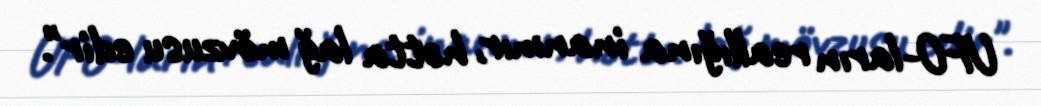
UFO-ların reallığına inanmır, hətta lağ mövzusu edir".